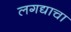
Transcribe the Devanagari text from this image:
लगद्याचा